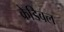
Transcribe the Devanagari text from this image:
क्रेडिबल